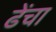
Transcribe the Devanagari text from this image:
ढेंचा